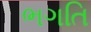
ભગતિ